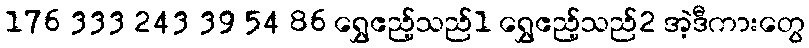
176 333 243 39 54 86 ရွှေဧည့်သည်1 ရွှေဧည့်သည်2 အဲ့ဒီကားတွေ